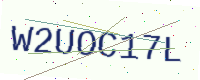
Text: W2UOC17L